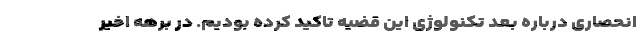
انحصاری درباره بعد تکنولوژی این قضیه تاکید کرده بودیم. در برهه اخیر